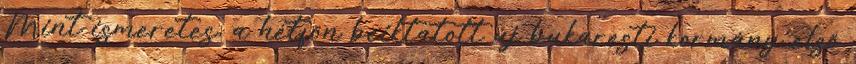
Mint ismeretes, a hétfőn beiktatott új bukaresti kormány első